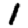
Digit: 1